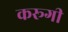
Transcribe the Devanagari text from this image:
करूगी